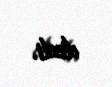
dedi.